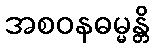
အစဝနဓမ္မန္တိ